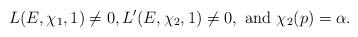
LaTeX: \begin{align*}L(E,\chi_1,1) \ne 0, L'(E,\chi_2,1) \ne 0, \mbox{ and } \chi_2(p) = \alpha.\end{align*}